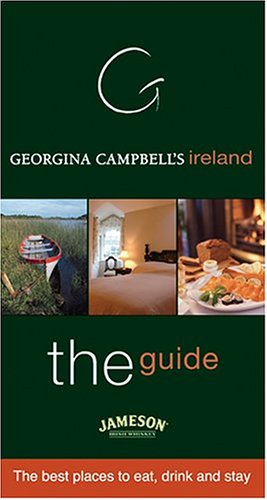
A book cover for Georgina Campbell's Ireland: The Best Places To Eat Drink And Stay (The Guide); Travel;